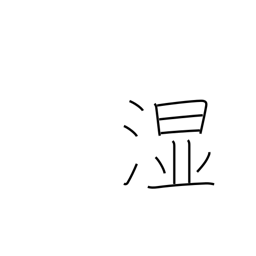
Meaning: wet